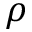
\rho